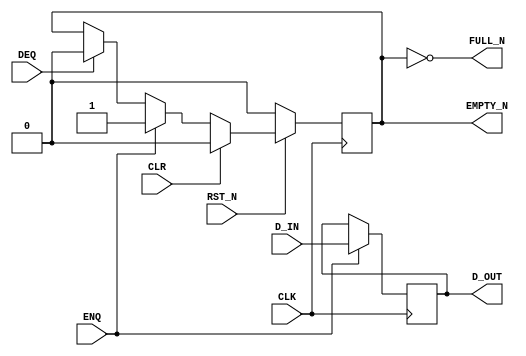
// Copyright 2000--2008 Bluespec, Inc.  All rights reserved.

`ifdef BSV_ASSIGNMENT_DELAY
`else
`define BSV_ASSIGNMENT_DELAY
`endif



// Depth 1 FIFO
module FIFO1(CLK, 
             RST_N, 
             D_IN, 
             ENQ, 
             FULL_N, 
             D_OUT, 
             DEQ, 
             EMPTY_N, 
             CLR
             );
   // synopsys template   

   parameter width = 1;
   parameter guarded = 1;
   input                  CLK;
   input                  RST_N;
   input [width - 1 : 0]  D_IN;
   input                  ENQ;
   input                  DEQ;
   input                  CLR ;

   output                 FULL_N;
   output [width - 1 : 0] D_OUT;
   output                 EMPTY_N;

   reg [width - 1 : 0]    D_OUT;
   reg                    empty_reg ;


   assign                 EMPTY_N = empty_reg ;
   
   
`ifdef BSV_NO_INITIAL_BLOCKS
`else // not BSV_NO_INITIAL_BLOCKS
   // synopsys translate_off
   initial 
     begin
        D_OUT   = {((width + 1)/2) {2'b10}} ;
        empty_reg = 1'b0 ;
     end // initial begin
   // synopsys translate_on
`endif // BSV_NO_INITIAL_BLOCKS

   
   assign FULL_N = !empty_reg;

   always@(posedge CLK /* or negedge RST_N */ )
     begin
        if (!RST_N)
          begin
             empty_reg <= `BSV_ASSIGNMENT_DELAY 1'b0;
          end // if (RST_N == 0)
        else
           begin
              if (CLR)
                begin
                   empty_reg <= `BSV_ASSIGNMENT_DELAY 1'b0;
                end // if (CLR)        
              else if (ENQ)
                begin
                   empty_reg <= `BSV_ASSIGNMENT_DELAY 1'b1;
                end // if (ENQ)
              else if (DEQ)
                begin
                   empty_reg <= `BSV_ASSIGNMENT_DELAY 1'b0;
                end // if (DEQ)
           end // else: !if(RST_N == 0)
     end // always@ (posedge CLK or negedge RST_N)

   always@(posedge CLK /* or negedge RST_N */)
     begin
        // Following section initializes the data registers which
        // may be desired only in some situations.
        // Uncomment to initialize array        
        /*
        if (!RST_N)
          begin
             D_OUT <= `BSV_ASSIGNMENT_DELAY {width {1'b0}} ;
          end
        else
         */
           begin
              if (ENQ)
                D_OUT     <= `BSV_ASSIGNMENT_DELAY D_IN;
           end // else: !if(RST_N == 0)
     end // always@ (posedge CLK or negedge RST_N)

   // synopsys translate_off
   always@(posedge CLK)
     begin: error_checks
        reg deqerror, enqerror ;
        
        deqerror =  0;
        enqerror = 0;
        if ( RST_N )
           begin
              if ( ! empty_reg && DEQ )
                begin
                   deqerror = 1 ;             
                   $display( "Warning: FIFO1: %m -- Dequeuing from empty fifo" ) ;
                end
              if ( ! FULL_N && ENQ && (!DEQ || guarded) )
                begin
                   enqerror =  1 ;             
                   $display( "Warning: FIFO1: %m -- Enqueuing to a full fifo" ) ;
                end
           end // if ( RST_N )        
     end
   // synopsys translate_on

endmodule